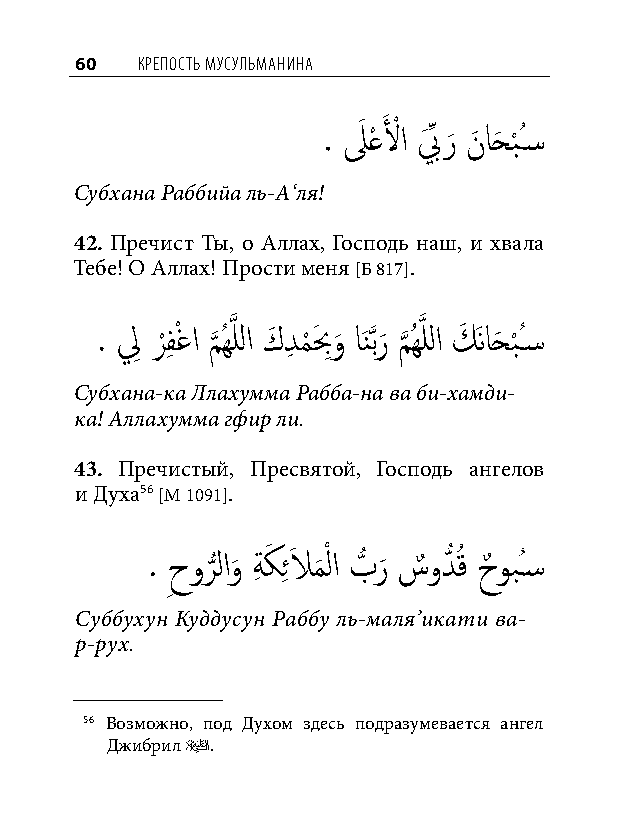
60  КреПость мусульманина
 َ َ ْ
 . لعْ لا بَ ِّ ر
 َ
 نَ احَ ب
 ْ
 ُس�
 Субхана Раббийа ль-А‘ля!
 42. Пречист Ты, о Аллах, Господь наш, и хвала
 Тебе! О Аллах! Прости меня [Б 817].
 . لِ ر
 ْ
 فِ ْغا م
 َّذ
 ُهَّذ للا كَ دِ م
 ْ
 بَ ِو
 َ
 اَنَّذبر
 َ
 م
 َّذ
 ُهَّذ للا كَ َناحَ ب
 ْ
 ُس�
 Субхана-ка Ллахумма Рабба-на ва би-хамди-
 ка! Аллахумма гфир ли.
 43. Пречистый, Пресвятой, Господь ангелов
 и Духа56 [М 1091].
 . ِحور
 ُّ
 لاو
 َ
 ةِ كَ ِ ئلاَ م
 َ
 ْ لا بُّ ر
 َ
 سٌ ودُّ قُ حٌ وبُس�
 Cуббухун Куддусун Раббу ль-маля’икати ва-
 р-рух.
 56 Возможно, под Духом здесь подразумевается ангел
 Джибрил u.